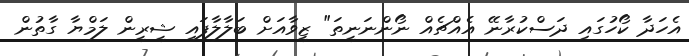
އެހަދާ ކޯހުގައި ދަސްކުރާނޭ އެއްޗެއް ނޯންނަނީތަ" ޒީވާއަށް ބަލާލާފައި ޝީރީން ލަމްޔާ ގާތުން